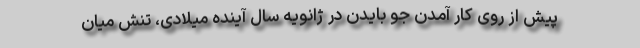
پیش از روی کار آمدن جو بایدن در ژانویه سال آینده میلادی، تنش میان